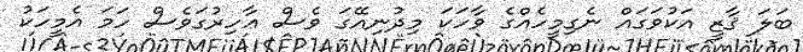
ބަލަ ޤާޒީ އަކުވަގައް ނެގިމީހެއްގެ ވާހަކަ މިދުނިއޭގަ ވެސް ޢާހިރުގަވެސް ހަމަ އެމީހަކު